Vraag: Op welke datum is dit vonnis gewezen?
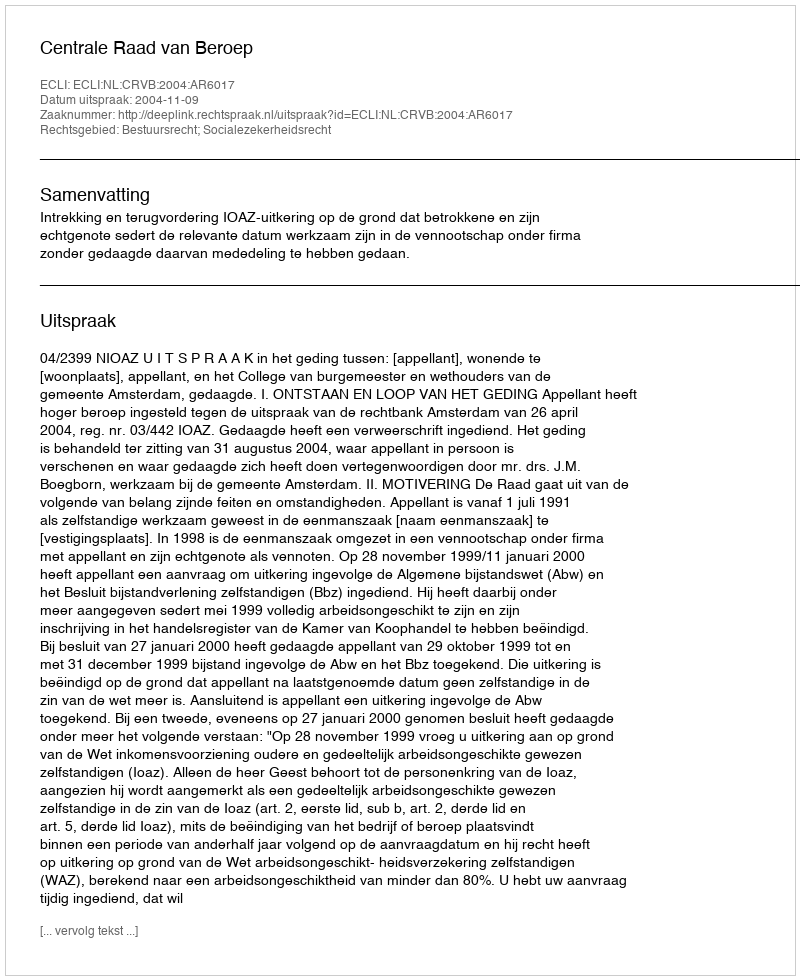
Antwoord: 2004-11-09